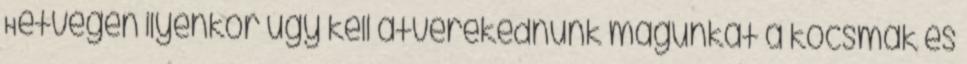
Hétvégén ilyenkor úgy kell átverekednünk magunkat a kocsmák és